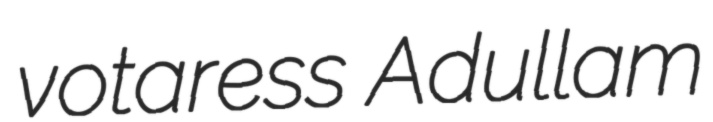
votaress Adullam